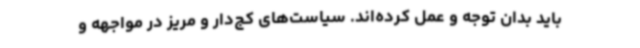
باید بدان توجه و عمل کرده‌اند. سیاست‌های کج‌دار و مریز در مواجهه و